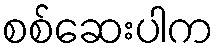
စစ်ဆေးပါက